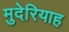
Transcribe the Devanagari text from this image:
मुदेरियाह